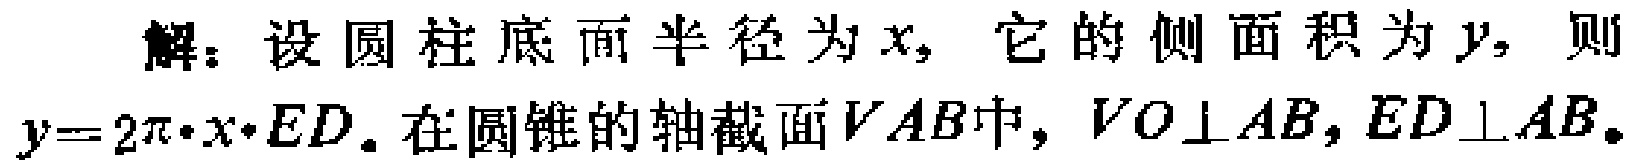
解：设圆柱底面半径为\(x\)，它的侧面积为\(y\)，则
\(y = 2\pi\cdot x\cdot ED\)。在圆锥的轴截面\(VAB\)中，\(VO\perp AB\)，\(ED\perp AB\)。